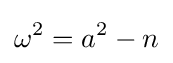
\omega ^{2}=a^{2}-n